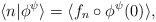
LaTeX: \begin{align*}\langle n|\phi^{\psi}\rangle=\langle f_{n}\circ\phi^{\psi}(0)\rangle,\end{align*}